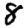
Digit: 8